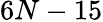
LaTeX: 6N-15